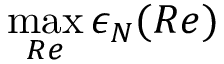
\operatorname* { m a x } _ { R e } \epsilon _ { N } ( R e )